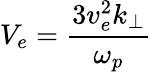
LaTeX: V_{e}=\frac{3v_{e}^{2}k_{\perp}}{\omega_{p}}